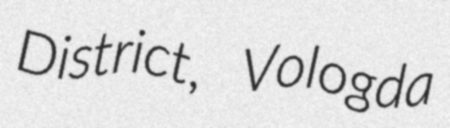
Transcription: District, Vologda